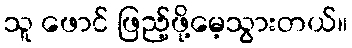
သူ ဖောင် ဖြည့်ဖို့မေ့သွားတယ်။